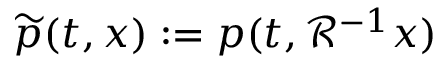
\widetilde p ( t , x ) : = p ( t , \mathcal { R } ^ { - 1 } x )